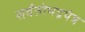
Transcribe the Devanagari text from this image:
सर्वतोभद्रयंत्र